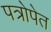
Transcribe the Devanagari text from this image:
पत्रोपेत